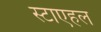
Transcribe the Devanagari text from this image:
स्टाएहल